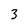
Character: 3